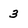
Character: 3